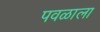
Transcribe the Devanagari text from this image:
पवळाला